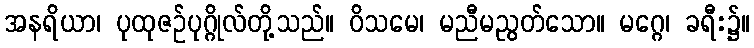
အနရိယာ၊ ပုထုဇဉ်ပုဂ္ဂိုလ်တို့သည်။ ဝိသမေ၊ မညီမညွတ်သော။ မဂ္ဂေ၊ ခရီး၌။